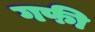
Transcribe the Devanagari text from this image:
गफी